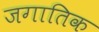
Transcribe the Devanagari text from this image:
जगातिक